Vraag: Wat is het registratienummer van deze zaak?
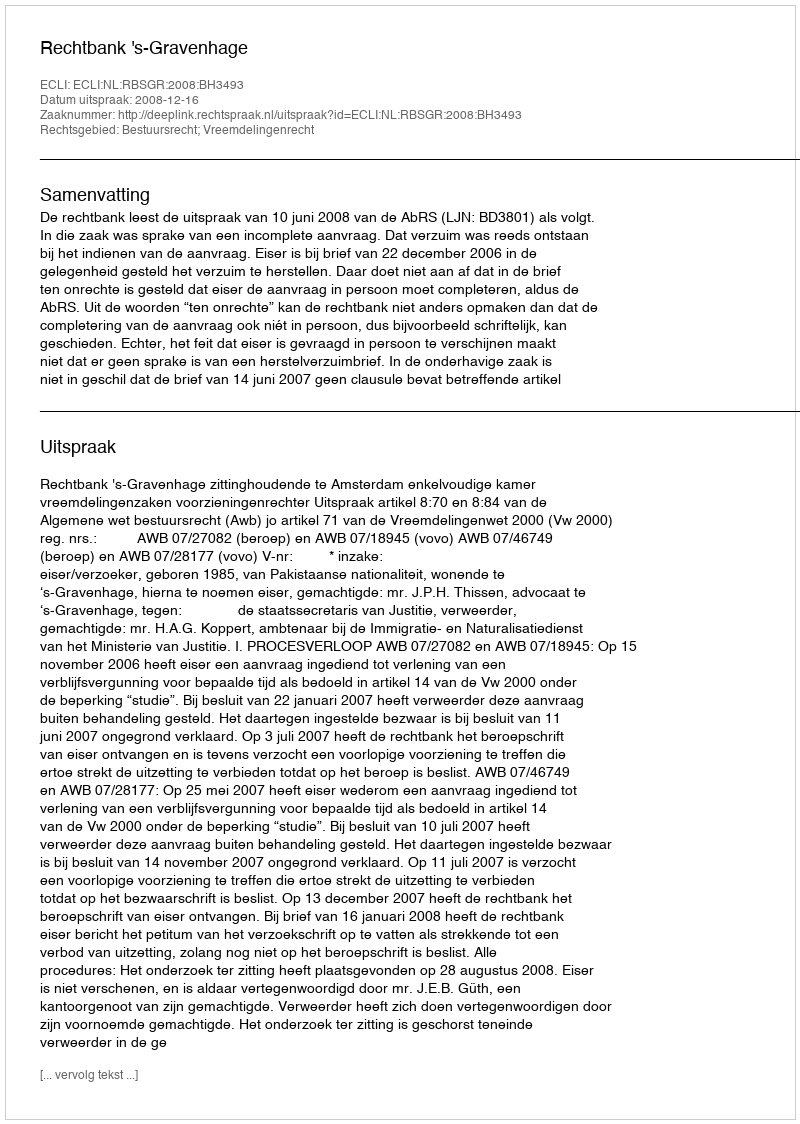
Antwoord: http://deeplink.rechtspraak.nl/uitspraak?id=ECLI:NL:RBSGR:2008:BH3493